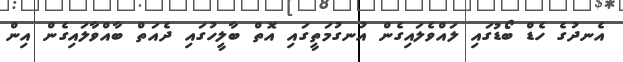
އެނދުގެ ހެޑް ބޯޑުގައި ލައްވެލައިގެން އުނގުމަތީގައި އޮތް ބާލީހުގައި ދެއަތް ބާއްވާލައިގެން އިން